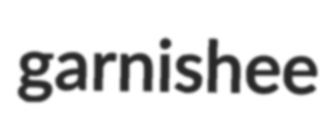
garnishee